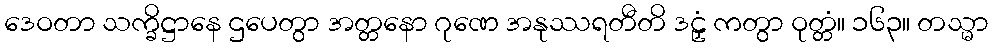
ဒေဝတာ သက္ခိဋ္ဌာနေ ဌပေတွာ အတ္တနော ဂုဏေ အနုဿရတီတိ ဒဠှံ ကတွာ ဝုတ္တံ။ ၁၆၃။ တသ္မာ